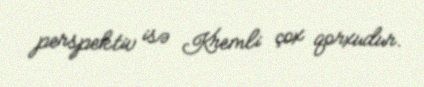
perspektiv isə Kremli çox qorxudur.